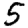
Digit: 5